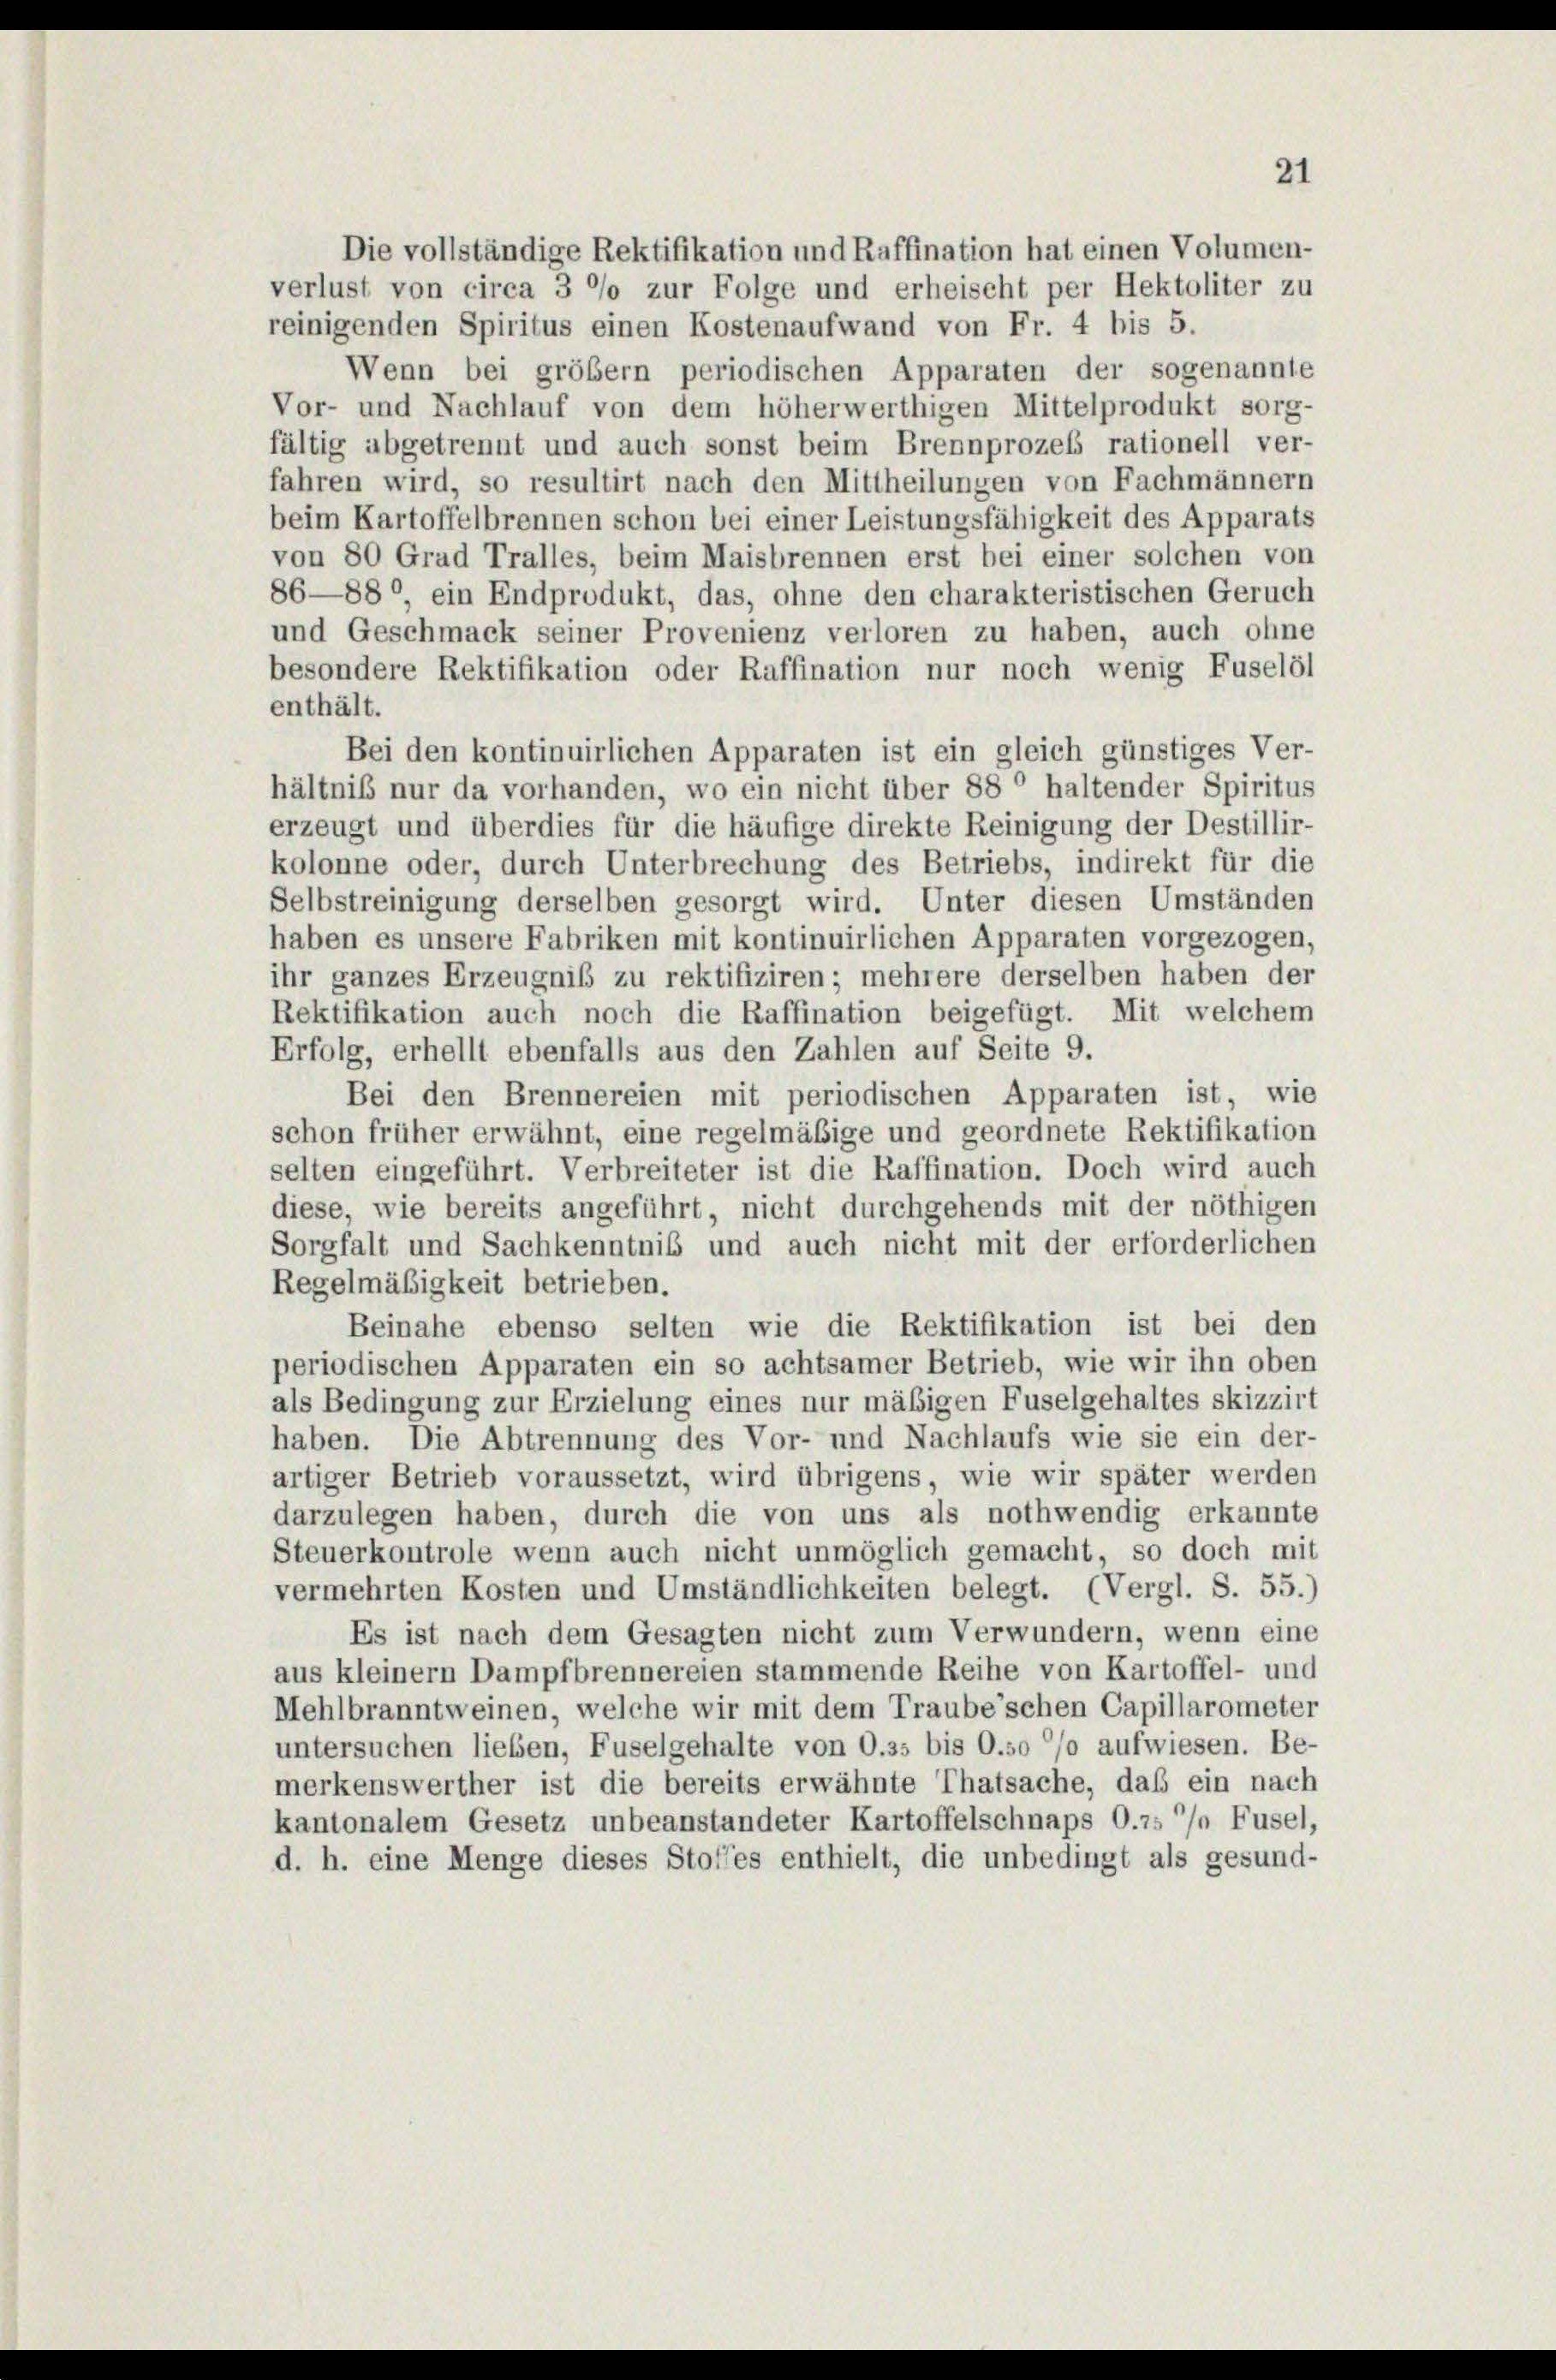
Die vollständige Rektifikation und Raffination hat einen Volumen-
verlust von circa 3 °/o zur Folge und erheischt per Hektoliter zu
reinigenden Spiritus einen Kostenaufwand von Fr. 4 bis 5.
Wenn bei größer periodischen Apparaten der sogenannte
Vor- und Nachlauf von dem höherwerthigen Mittelprodukt sorg-
fältig abgetrennt und auch sonst beim Brennprozess rationell ver-
fahren wird, so resultirt nach den Mittheilungen von Fachmännern
beim Kartoffelbrennen schon bei einer Leistungsfähigkeit des Apparats
von 80 Grad Tralles, beim Maisbrennen erst bei einer solchen von
86—880 ein Endprodukt, das, ohne den charakteristischen Geruch
und Geschmack seiner Provenienz verloren zu haben, auch ohne
besondere Rektifikation oder Raffination nur noch wenig Fuselöl
enthält.
Bei den kontinuirlichen Apparaten ist ein gleich günstiges Ver-
hältniß nur da vorhanden, wo ein nicht über 88° haltender Spiritus
erzeugt und überdies für die häufige direkte Reinigung der Destillir-
kolonne oder, durch Unterbrechung des Betriebs, indirekt für die
Selbstreinigung derselben gesorgt wird. Unter diesen Umständen
haben es unsere Fabriken mit kontinuirlichen Apparaten vorgezogen,
ihr ganzes Erzeugniß zu rektifiziren; mehrere derselben haben der
Rektifikation auch noch die Raffination beigefügt. Mit welchem
Erfolg, erhellt ebenfalls aus den Zahlen auf Seite 9.
Bei den Brennereien mit periodischen Apparaten ist, wie
schon früher erwähnt, eine regelmäßige und geordnete Rektifikation
selten eingeführt. Verbreiteter ist die Raffination. Doch wird auch
diese, wie bereits angeführt, nicht durchgehends mit der nöthigen
Sorgfalt und Sachkenntniß und auch nicht mit der erforderlichen
Regelmäßigkeit betrieben.
Beinahe ebenso selten wie die Rektifikation ist bei den
periodischen Apparaten ein so achtsamer Betrieb, wie wir ihn oben
als Bedingung zur Erzielung eines nur mäßigen Fuselgehaltes skizzirt
haben. Die Abtrennung des Vor- und Nachlaufs wie sie ein der-
artiger Betrieb voraussetzt, wird übrigens, wie wir später werden
darzulegen haben, durch die von uns als nothwendig erkannte
Steuerkontrole wenn auch nicht unmöglich gemacht, so doch mit
vermehrten Kosten und Umständlichkeiten belegt. (Vergl. S. 55.)
Es ist nach dem Gesagten nicht zum Verwundern, wenn eine
aus kleinem Dampfbrennereien stammende Reihe von Kartoffel- und
Mehlbranntweinen, welche wir mit dem Traube’schen Capillarometer
untersuchen lieben, Fuselgehalte von O.ss bis O.so % aufwiesen. Be-
merkenswerther ist die bereits erwähnte Thatsache, daß ein nach
kantonalem Gesetz unbeanstandeter Kartoffelschnaps O.25 ’/» Fusel,
d. h. eine Menge dieses Stoffes enthielt, die unbedingt als gesund-

21